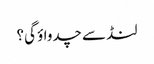
لنڈ سے چدواؤ گی؟